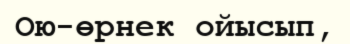
Ою-өрнек ойысып,